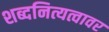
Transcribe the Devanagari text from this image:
शब्दनित्यत्वावर